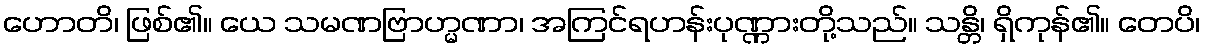
ဟောတိ၊ ဖြစ်၏။ ယေ သမဏဗြာဟ္မဏာ၊ အကြင်ရဟန်းပုဏ္ဏားတို့သည်။ သန္တိ၊ ရှိကုန်၏။ တေပိ၊